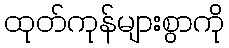
ထုတ်ကုန်များစွာကို